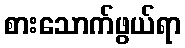
စားသောက်ဖွယ်ရာ